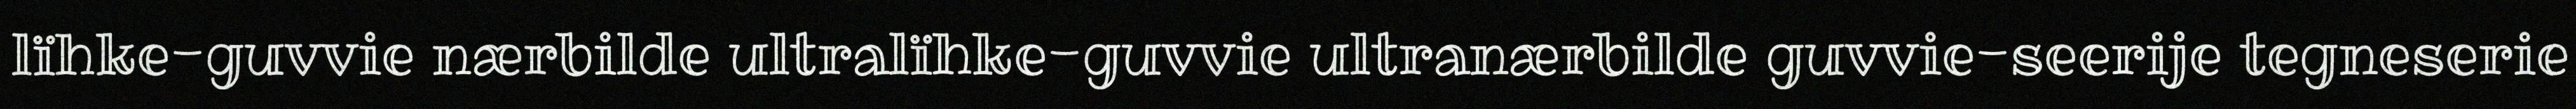
lïhke-guvvie nærbilde ultralïhke-guvvie ultranærbilde guvvie-seerije tegneserie